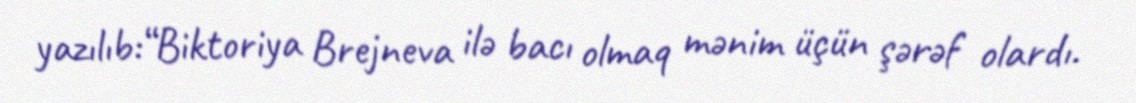
yazılıb:“Biktoriya Brejneva ilə bacı olmaq mənim üçün şərəf olardı.